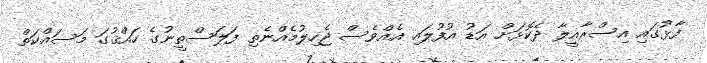
ފާޅުގައި އިސްރާއީލާ ދެކޮޅަށް އަޑު އުފުލައި އެއްވެސް ޖެހިލުމެއްނެތި ފަލަސްތީނުގެ ހައްޤުގަ މަސައްކަތް